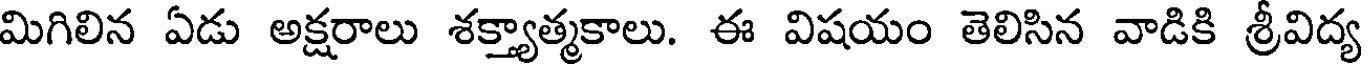
మిగిలిన ఏడు అక్షరాలు శక్త్యాత్మకాలు. ఈ విషయం తెలిసిన వాడికి శ్రీవిద్య